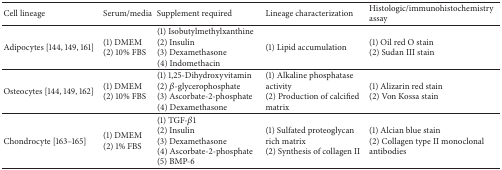
<table><thead><tr><td><b>Cell lineage</b></td><td><b>Serum/media</b></td><td><b>Supplement required</b></td><td><b>Lineage characterization</b></td><td><b>Histologic/immunohistochemistry assay</b></td></tr></thead><tbody><tr><td>Adipocytes [144, 149, 161]</td><td>(1) DMEM(2) 10% FBS</td><td>(1) Isobutylmethylxanthine(2) Insulin(3) Dexamethasone(4) Indomethacin</td><td>(1) Lipid accumulation</td><td>(1) Oil red O stain(2) Sudan III stain</td></tr><tr><td>Osteocytes [144, 149, 162]</td><td>(1) DMEM(2) 10% FBS</td><td>(1) 1,25-Dihydroxyvitamin (2) <i>β</i>-glycerophosphate(3) Ascorbate-2-phosphate(4) Dexamethasone</td><td>(1) Alkaline phosphatase activity (2) Production of calcifiedmatrix</td><td>(1) Alizarin red stain(2) Von Kossa stain</td></tr><tr><td>Chondrocyte [163–165]</td><td>(1) DMEM(2) 1% FBS</td><td>(1) TGF-<i>β</i>1(2) Insulin(3) Dexamethasone(4) Ascorbate-2-phosphate(5) BMP-6</td><td>(1) Sulfated proteoglycan rich matrix(2) Synthesis of collagen II</td><td>(1) Alcian blue stain(2) Collagen type II monoclonal antibodies</td></tr></tbody></table>